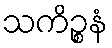
သကိဉ္စနံ